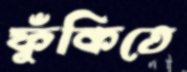
ফুঁকিতে